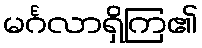
မင်္ဂလာရှိကြ၏